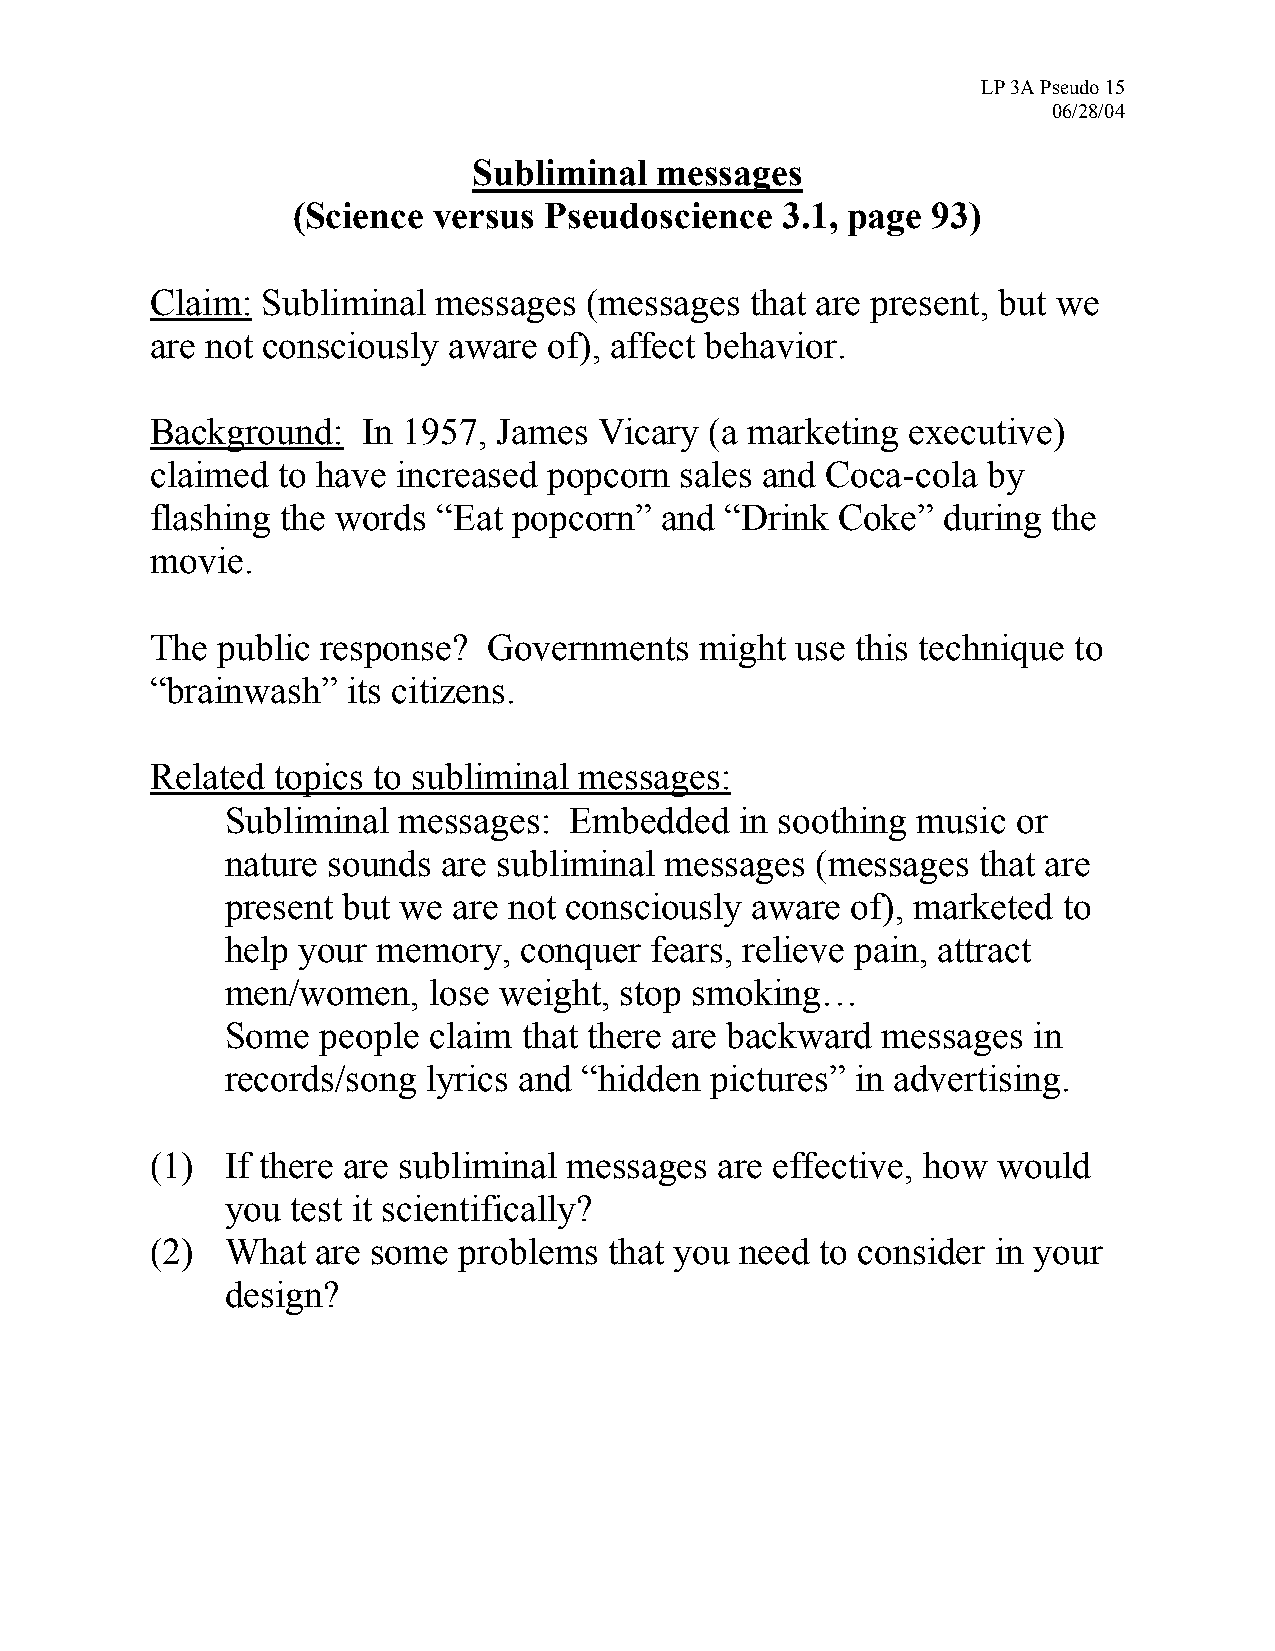
LP 3A Pseudo 15
 06/28/04
 Subliminal  messages
 (Science  versus Pseudoscience   3.1, page 93)
 Claim: Subliminal  messages  (messages  that are present, but we
 are not consciously aware of), affect behavior.
 Background:   In 1957, James  Vicary (a marketing executive)
 claimed to have increased popcorn  sales and Coca-cola by
 flashing the words “Eat popcorn”  and “Drink  Coke” during  the
 movie.
 The public response?  Governments   might  use this technique to
 “brainwash”  its citizens.
 Related topics to subliminal messages:
 •  Subliminal messages:   Embedded   in soothing music or
 nature sounds are subliminal messages  (messages  that are
 present but we are not consciously aware of), marketed to
 help your memory,  conquer  fears, relieve pain, attract
 men/women,   lose weight, stop smoking…
 •  Some  people claim  that there are backward messages in
 records/song lyrics and “hidden pictures” in advertising.
 (1)  If there are subliminal messages are effective, how would
 you test it scientifically?
 (2)  What  are some problems  that you need to consider in your
 design?